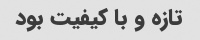
تازه و با کیفیت بود